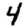
Digit: 4